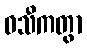
ဝသီကတွာ